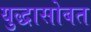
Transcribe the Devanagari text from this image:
युद्धासोबत